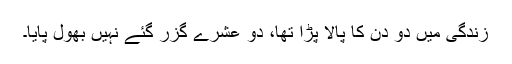
زندگی میں دو دن کا پالا پڑا تھا، دو عشرے گزر گئے نہیں بھول پایا۔